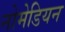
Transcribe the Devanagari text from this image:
नोमेडियन